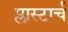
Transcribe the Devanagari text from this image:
प्लास्टार्च